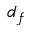
d _ { f }